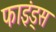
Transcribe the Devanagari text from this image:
फाइंड्स